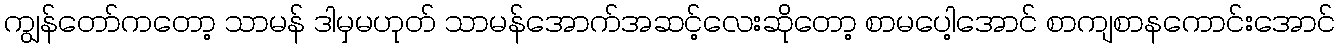
ကျွန်တော်ကတော့ သာမန် ဒါမှမဟုတ် သာမန်အောက်အဆင့်လေးဆိုတော့ စာမပေါ့အောင် စာကျစာနကောင်းအောင်